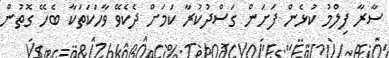
ސާރާ ފިލްމު ކުޅެން ފަށަން ގަސްދުކުރާ ކަމަށް ދެކެވޭ ވާހަކަތަކާ ބެހޭ ގޮތުން